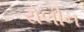
રોલીન